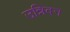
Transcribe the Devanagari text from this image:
उन्निदन